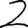
Digit: 2